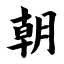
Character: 朝